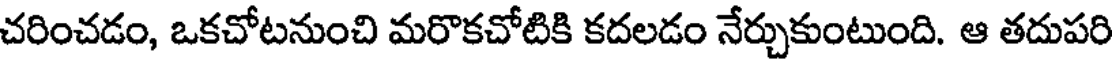
చరించడం, ఒకచోటనుంచి మరొకచోటికి కదలడం నేర్చుకుంటుంది. ఆ తదుపరి